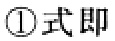
\textcircled{1} 式即